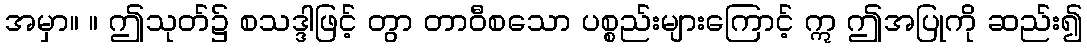
အမှာ။ ။ ဤသုတ်၌ စသဒ္ဒါဖြင့် တွာ တာဝီစသော ပစ္စည်းများကြောင့် ဣ ဤအပြုကို ဆည်း၍